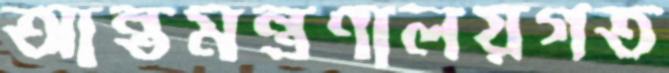
আন্তমন্ত্রণালয়গত